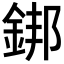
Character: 𨧜